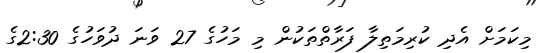
މިކަމަށް އެދި ކުރިމަތިލާ ފަރާތްތަކުން މި މަހުގެ 27 ވަނަ ދުވަހުގެ 2:30ގެ